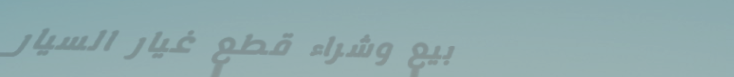
بيع وشراء قطع غيار السيار